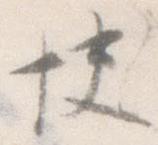
快